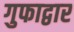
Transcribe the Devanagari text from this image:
गुफाद्वार